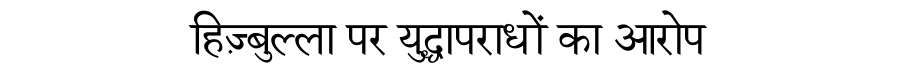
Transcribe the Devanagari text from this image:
हिज़्बुल्ला पर युद्धापराधों का आरोप